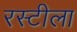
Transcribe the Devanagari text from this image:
रस्टीला